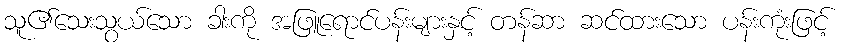
သူ၏သေးသွယ်သော ခါးကို အဖြူရောင်ပန်းများနှင့် တန်ဆာ ဆင်ထားသော ပန်းကုံးဖြင့်